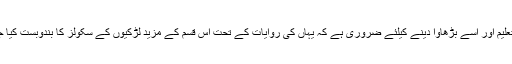
جدید تعلیم اور اسے بڑھاوا دینے کیلئے ضروری ہے کہ یہاں کی روایات کے تحت اس قسم کے مزید لڑکیوں کے سکولز کا بندوبست کیا جائے ۔